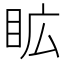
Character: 𭾦